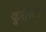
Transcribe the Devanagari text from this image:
कुरोसखा